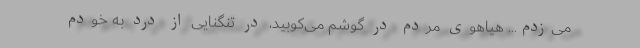
می‌زدم... هیاهوی مردم در گوشم می‌کوبید، در تنگنایی از درد به خودم